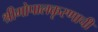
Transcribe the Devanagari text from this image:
श्रीगोपालकृस्णाची